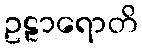
ဥဠာရောတိ